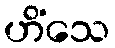
ဟိံသေ